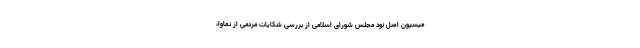
میسیون اصل نود مجلس شورای اسلامی از بررسی شکایات مردمی از نماوا،